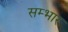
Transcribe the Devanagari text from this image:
सम्भार